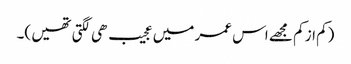
(کم از کم مجھے اس عمر میں عجیب ھی لگتی تھیں )۔